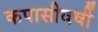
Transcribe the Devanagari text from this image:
कपासीवर्षी